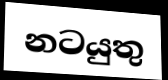
නටයුතු